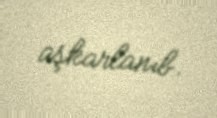
aşkarlanıb.